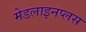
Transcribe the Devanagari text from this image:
मेडलाइनप्लस